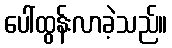
ပေါ်ထွန်းလာခဲ့သည်။